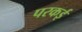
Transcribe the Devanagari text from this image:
परकई